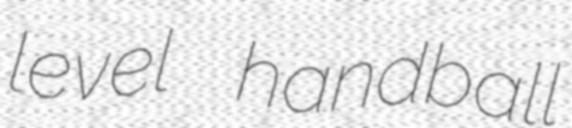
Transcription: level handball